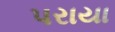
પરાયા